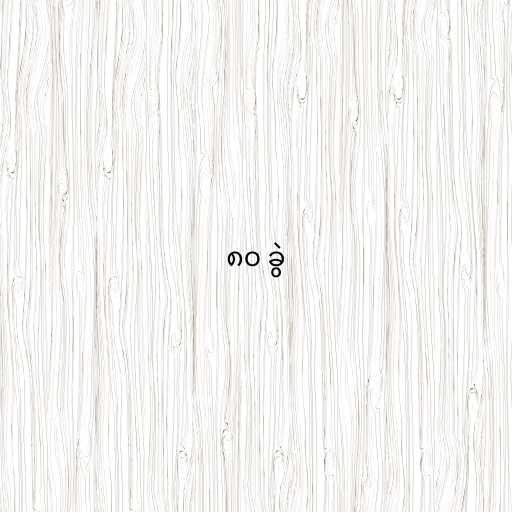
၈၀ ခွဲ